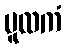
မူလကံ